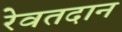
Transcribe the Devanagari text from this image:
रेवतदान